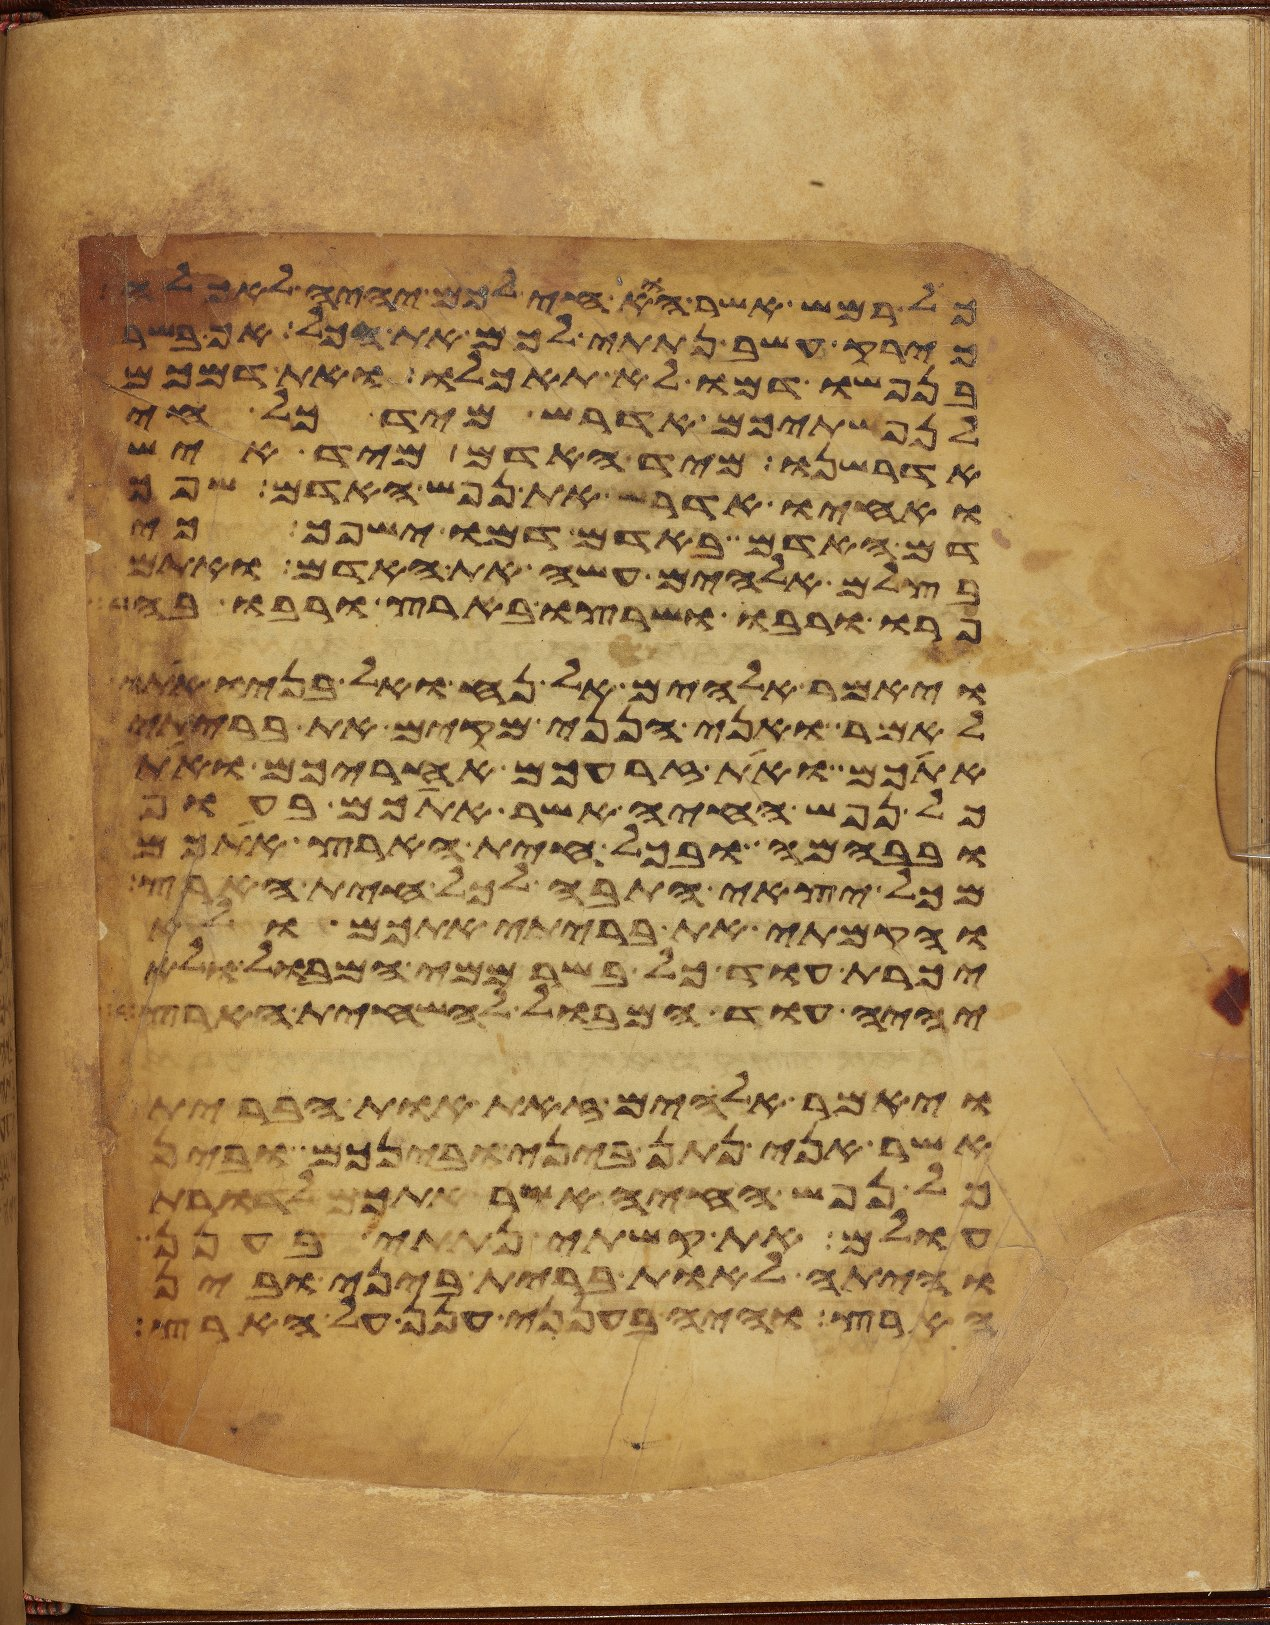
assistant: כל רמש אשר הוא חי לכם יהיה לאכלה
כירק עשב נתתי לכם את הכל אך בשר
בנפשו דמו לא תאכלו ואת דמכם
לנפשתיכם אדרש מיד כל חי
אדרשנו מיד האדם מיד איש
ואחיו אדרש את נפש האדם שפך
דם האדם באדם דמו ישפך כי
בצלם אלהים עשה את האדם ואתם
פרו ורבו ושרצו בארץ ורבו בה
ויאמר אלהים אל נח ואל בניו אתו
לאמר ואני הנני מקים את בריתי
אתכם ואת זרעכם אחריכם ואת
כל נפש החיה אשר אתכם בעוף
ובבהמה ובכל חית הארץ אתכם
מכל יצאי התבה לכל חית הארץ
והקמתי את בריתי אתכם ולא
יכרת עוד כל בשר ממי המבול ולא
יהיה עוד המבול להשחית הארץ
ויאמר אלהים זאת אות הברית
אשר אני נתן ביני ובינכם ובין
כל נפש החיה אשר אתכם לדרות
עולם את קשתי נתתי בענן
והיתה לאות ברית ביני ובין
הארץ והיה בענני ענן על הארץ